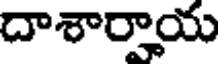
దాశార్వాయ